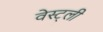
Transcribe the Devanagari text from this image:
वेस्ट्ली